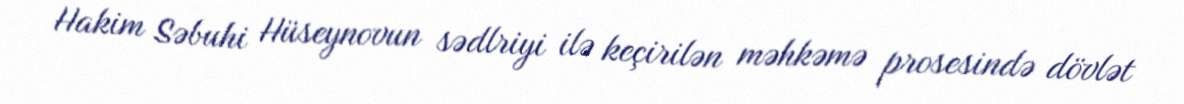
Hakim Səbuhi Hüseynovun sədlriyi ilə keçirilən məhkəmə prosesində dövlət